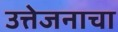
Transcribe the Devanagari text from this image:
उत्तेजनाचा